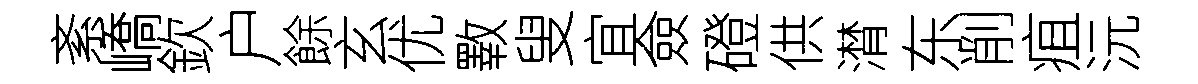
紊嶠欽户餘玄优斁叟宜僉磴供潸东削疽沅